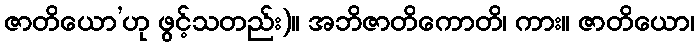
ဇာတိယော’ဟု ဖွင့်သတည်း)။ အဘိဇာတိကောတိ၊ ကား။ ဇာတိယော၊